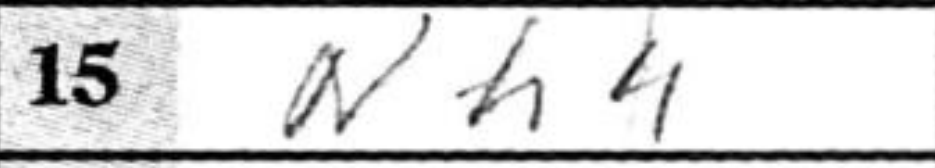
Transcription: Nh4